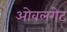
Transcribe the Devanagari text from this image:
ओवलगेट